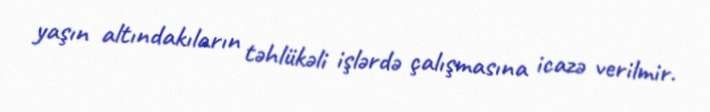
yaşın altındakıların təhlükəli işlərdə çalışmasına icazə verilmir.